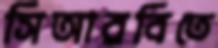
সিআরবিতে